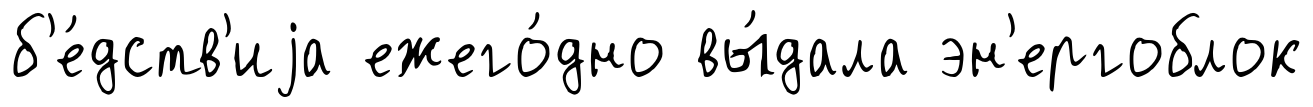
б'е́дств'иjа ежего́дно вы́дала эн'ергоблок